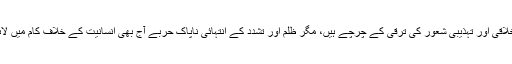
عقلی، سیاسی، اخلاقی اور تہذیبی شعور کی ترقی کے چرچے ہیں، مگر ظلم اور تشدد کے انتہائی ناپاک حربے آج بھی انسانیت کے خلاف کام میں لائے جا رہے ہیں۔